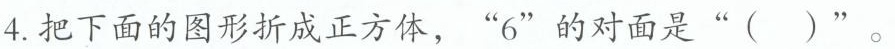
4.把下面的图形折成正方体，”6”的对面是”( )”。